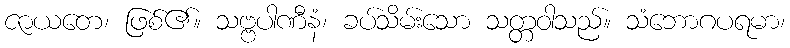
ဇာယတေ၊ ဖြစ်၏။ သဗ္ဗပါဏီနံ၊ ခပ်သိမ်းသော သတ္တဝါသည်။ သံဘောဂပရမာ၊